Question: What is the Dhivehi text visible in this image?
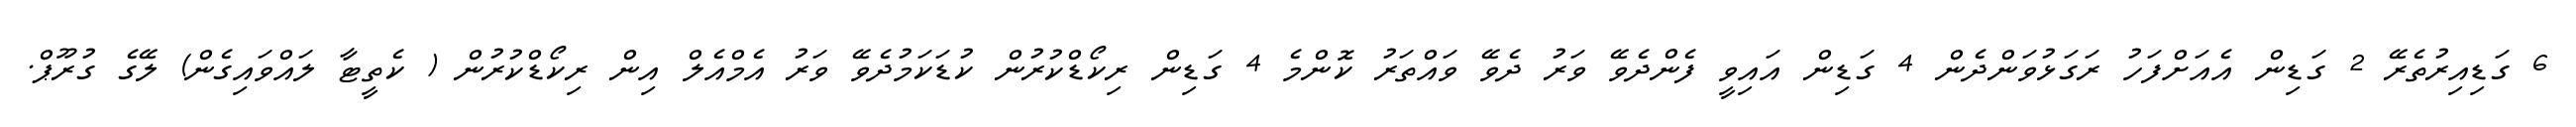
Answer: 6 ގަޑިއިރުތެރޭ 2 ގަޑިން އެއަށްފަހު ރަގަޅުވަންދެން 4 ގަޑިން އައިވީ ފެންދެވޭ ވަރު ދެވޭ ވައްތަރު ކޮންމެ 4 ގަޑިން ރިކޯޑްކުރުން ކުޑަކަމުދެވޭ ވަރު އެމްއެލް އިން ރިކޯޑްކުރުން ( ކެތީޓާ ލައްވައިގެން) ލޭގެ ގުރޫޕް.